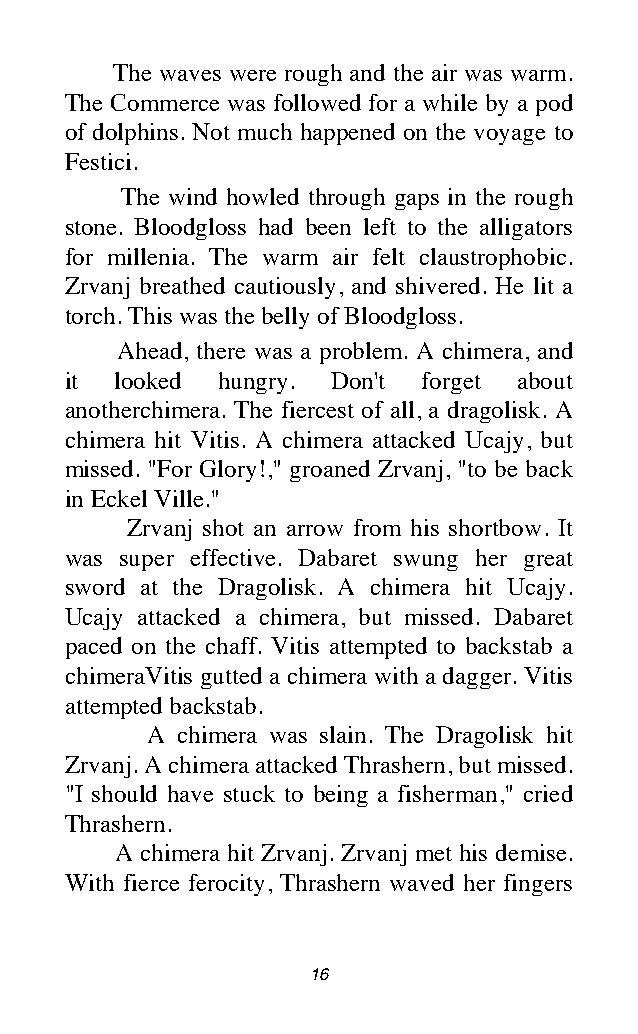
The waves were rough and the air was warm.
 The Commerce was followed for a while by a pod
 of dolphins. Not much happened on the voyage to
 Festici.
 The wind howled through gaps in the rough
 stone. Bloodgloss had been left to the alligators
 for millenia. The warm air felt claustrophobic.
 Zrvanj breathed cautiously, and shivered. He lit a
 torch. This was the belly of Bloodgloss.
 Ahead, there was a problem. A chimera, and
 it  looked hungry. Don't forget about
 anotherchimera. The fiercest of all, a dragolisk. A
 chimera hit Vitis. A chimera attacked Ucajy, but
 missed. "For Glory!," groaned Zrvanj, "to be back
 in Eckel Ville."
 Zrvanj shot an arrow from his shortbow. It
 was super effective. Dabaret swung her great
 sword at the Dragolisk. A chimera hit Ucajy.
 Ucajy attacked a chimera, but missed. Dabaret
 paced on the chaff. Vitis attempted to backstab a
 chimeraVitis gutted a chimera with a dagger. Vitis
 attempted backstab.
 A chimera was slain. The Dragolisk hit
 Zrvanj. A chimera attacked Thrashern, but missed.
 "I should have stuck to being a fisherman," cried
 Thrashern.
 A chimera hit Zrvanj. Zrvanj met his demise.
 With fierce ferocity, Thrashern waved her fingers
 16